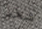
شخص